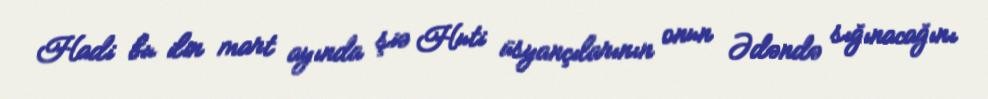
Hadi bu ilin mart ayında şiə Huti üsyançılarının onun Ədəndə sığınacağını